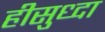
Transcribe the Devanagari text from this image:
हीसुध्दा